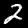
Digit: 2